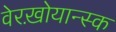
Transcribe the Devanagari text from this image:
वेरख़ोयान्स्क